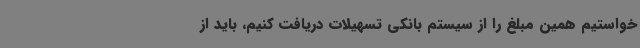
‌خواستیم همین مبلغ را از سیستم بانکی تسهیلات دریافت کنیم، باید از